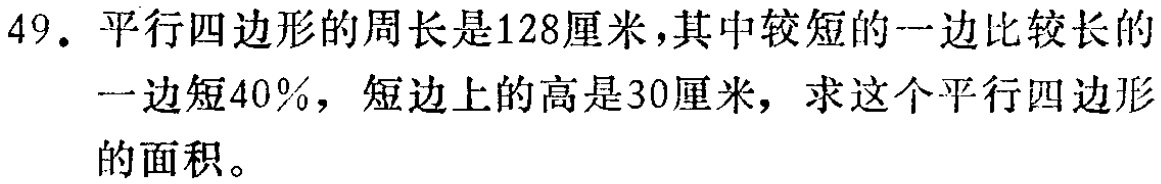
49. 平行四边形的周长是128厘米，其中较短的一边比较长的一边短40%，短边上的高是30厘米，求这个平行四边形的面积。